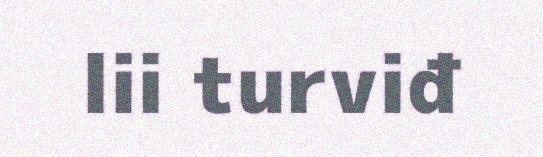
lii turviđ